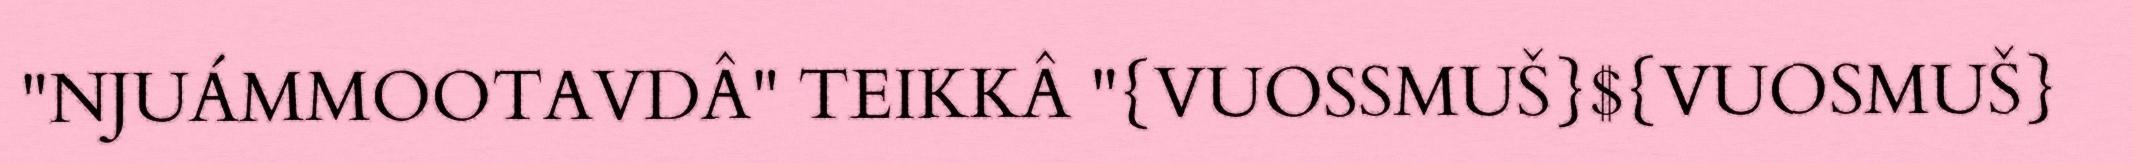
"NJUÁMMOOTAVDÂ" TEIKKÂ "{VUOSSMUŠ}${VUOSMUŠ}